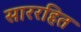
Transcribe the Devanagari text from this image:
साररहित